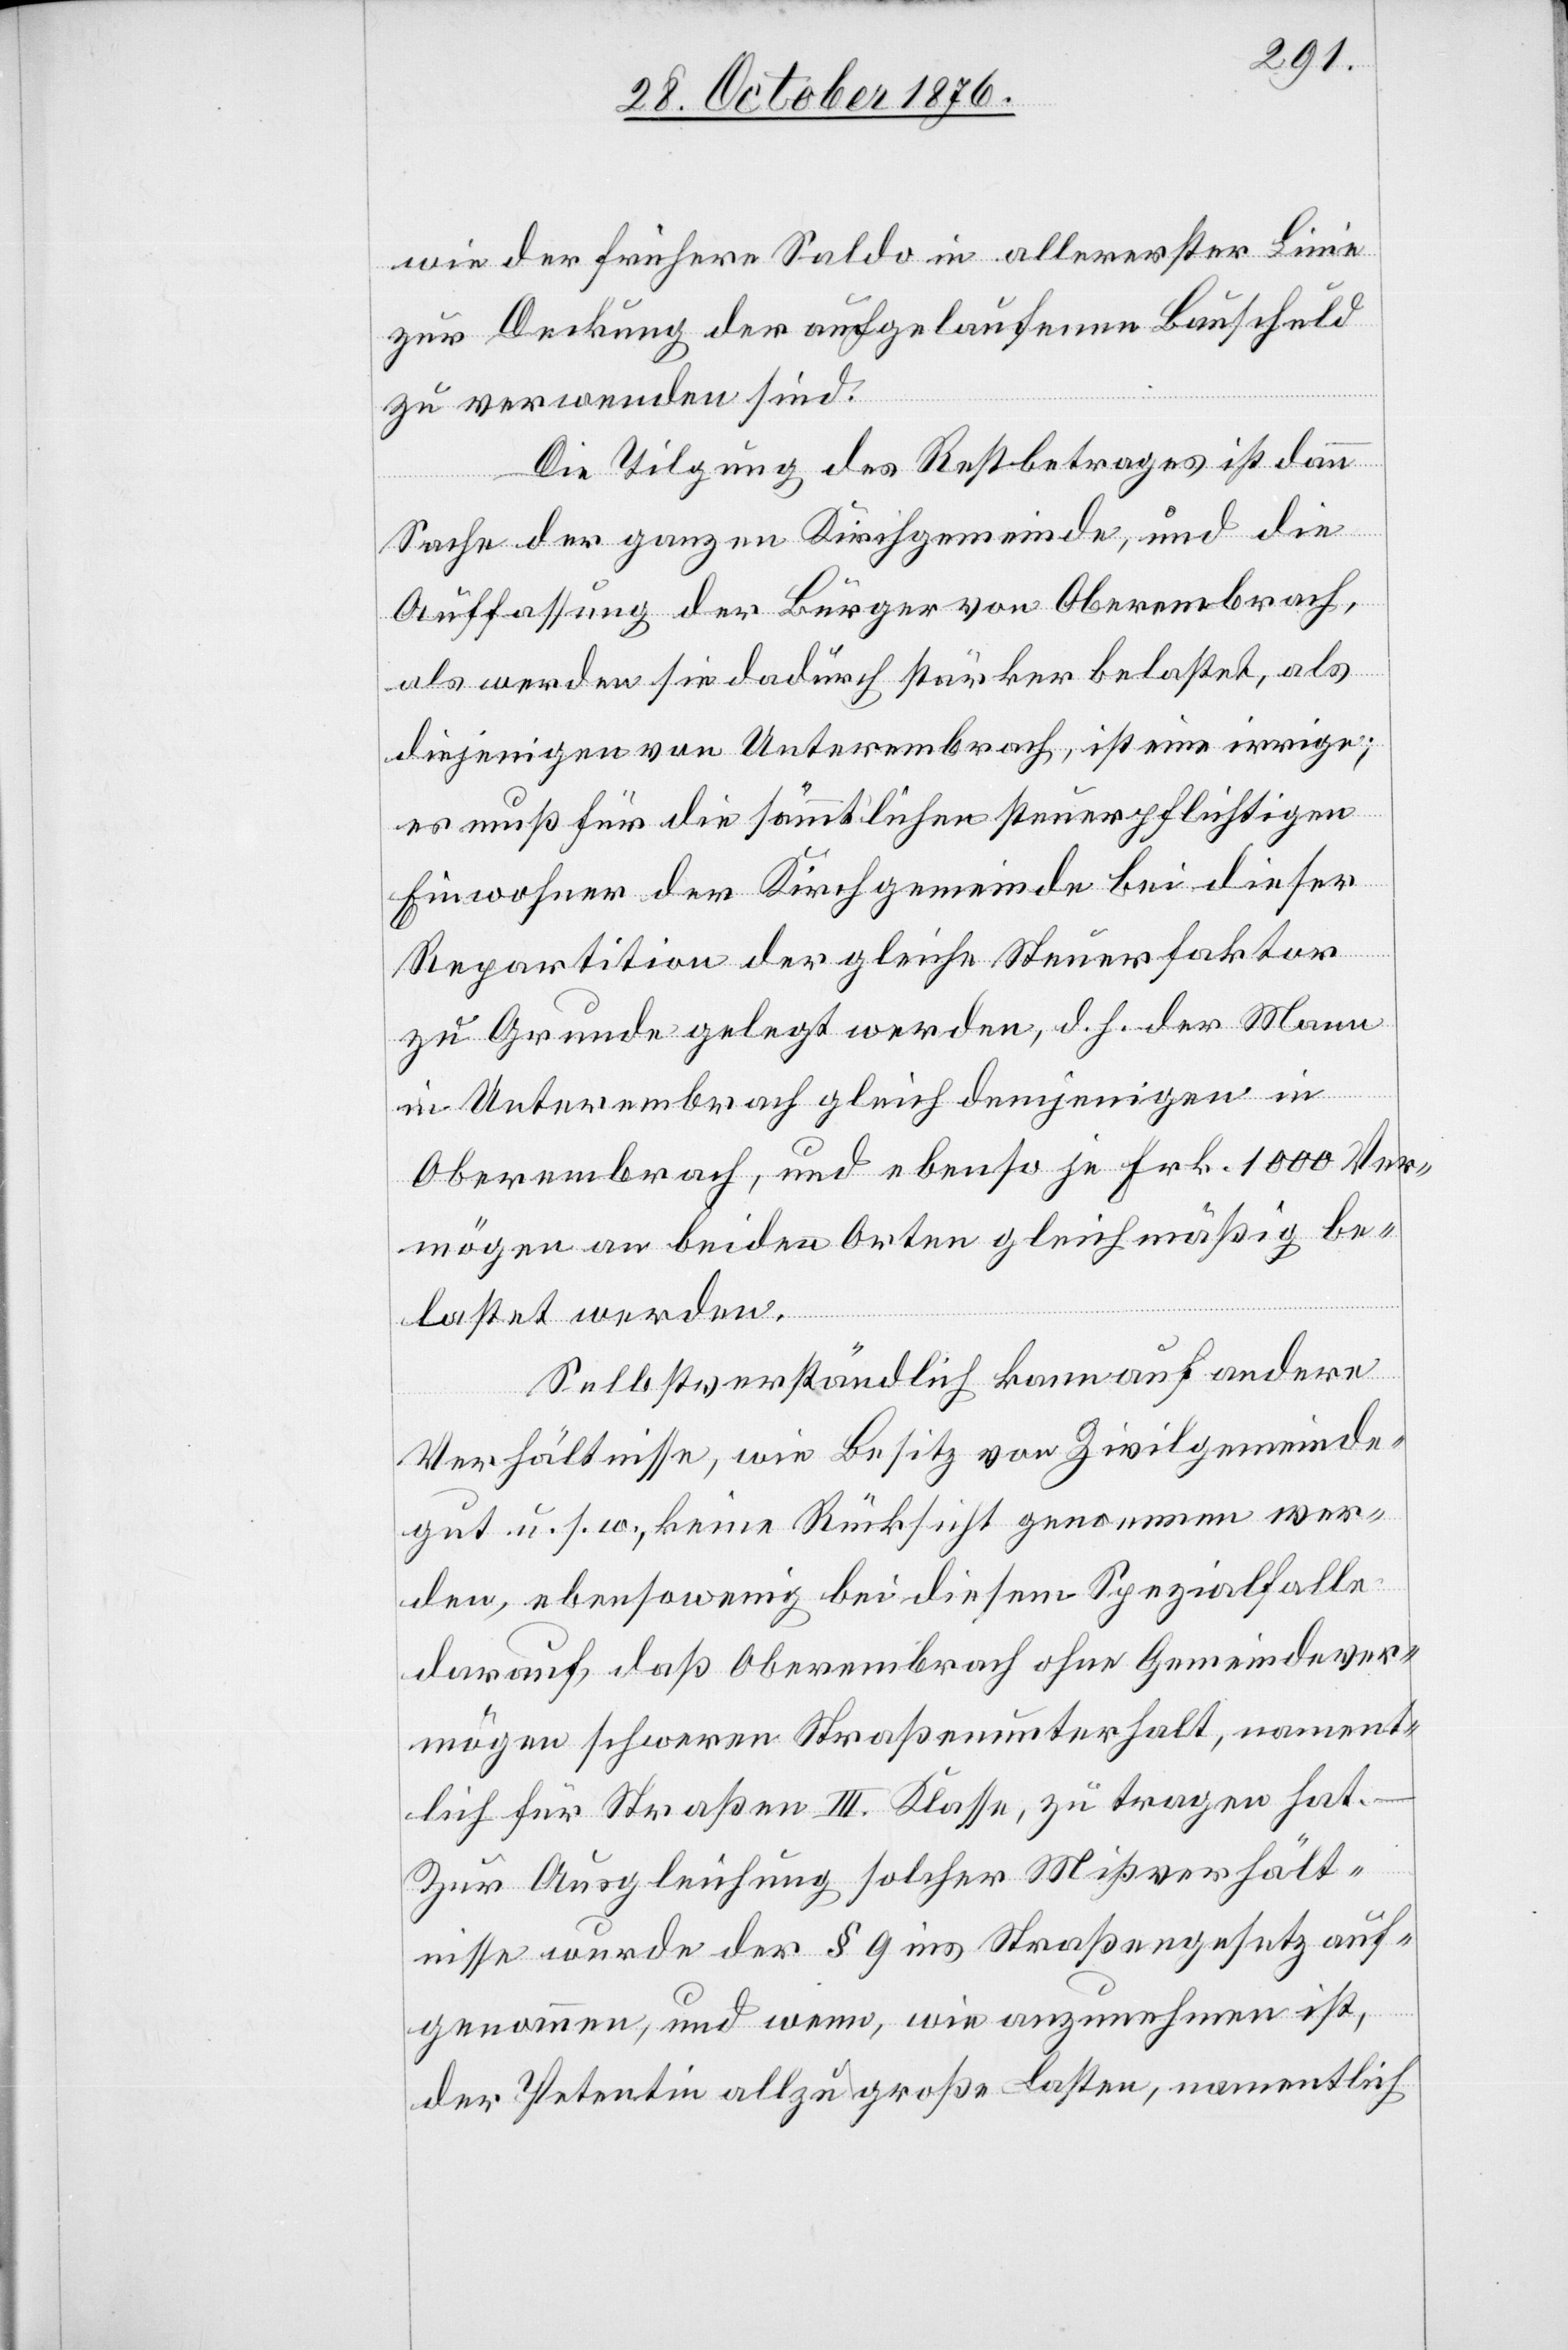
wie der frühere Saldo in allererster Linie
zur Deckung der aufgelaufenen Bauschuld
zu verwenden sind.
Die Tilgung des Restbetrages ist dann
Sache der ganzen Kirchgemeinde, und die
Auffassung der Bürger von Oberembrach,
als werden sie dadurch stärker belastet, als
diejenigen von Unterembrach, ist eine irrige;
es muß für die sämmtlichen steuerpflichtigen
Einwohner der Kirchgemeinde bei dieser
Repartition der gleiche Steuerfaktor
zu Grunde gelegt werden, d. h. der Mann
in Unterembrach gleich demjenigen in
Oberembrach, und ebenso je Frk. 1000 Ver¬
mögen an beiden Orten gleichmäßig be¬
lastet werden.
Selbstverständlich kann auf andere
Verhältnisse, wie Besitz von Zivilgemeinde¬
gut u. s. w., keine Rücksicht genommen wer¬
den, ebensowenig bei diesem Spezialfalle
darauf, daß Oberembrach ohne Gemeindever¬
mögen schweren Straßenunterhalt, nament¬
lich für Straßen III. Klasse, zu tragen hat.
Zur Ausgleichung solcher Mißverhält¬
nisse wurde der § 9 ins Straßengesetz auf¬
genommen, und wenn, wie anzunehmen ist,
der Petentin allzu große Lasten, namentlich